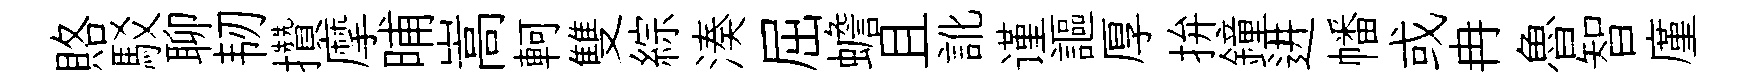
賂駁聊韧攢摩晡嵩軻雙綜湊屈蟾且訛谨謳厚拚鐘进幡或冉魯智廑